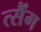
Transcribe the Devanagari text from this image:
त्सैंग